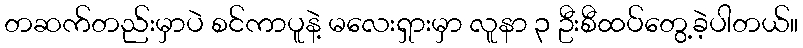
တဆက်တည်းမှာပဲ စင်ကာပူနဲ့ မလေးရှားမှာ လူနာ ၃ ဦးစီထပ်တွေ့ခဲ့ပါတယ်။